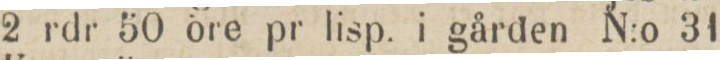
2 rdr 50 öre pr lisp. i gården N:o 31